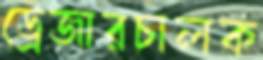
ড্রেজারচালক